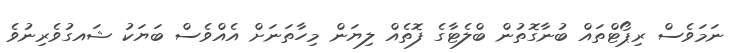
ނަމަވެސް ރިޕޯޓްތައް ބުނާގޮތުން ބްލެޓާގެ ފޮތެއް ލިޔަން މިހާތަނަށް އެއްވެސް ބަޔަކު ޝައގުވެރިނުވެ